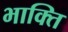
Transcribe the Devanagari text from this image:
भाक्ति